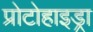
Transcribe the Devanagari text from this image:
प्रोटोहाइड्रा